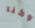
وكنا